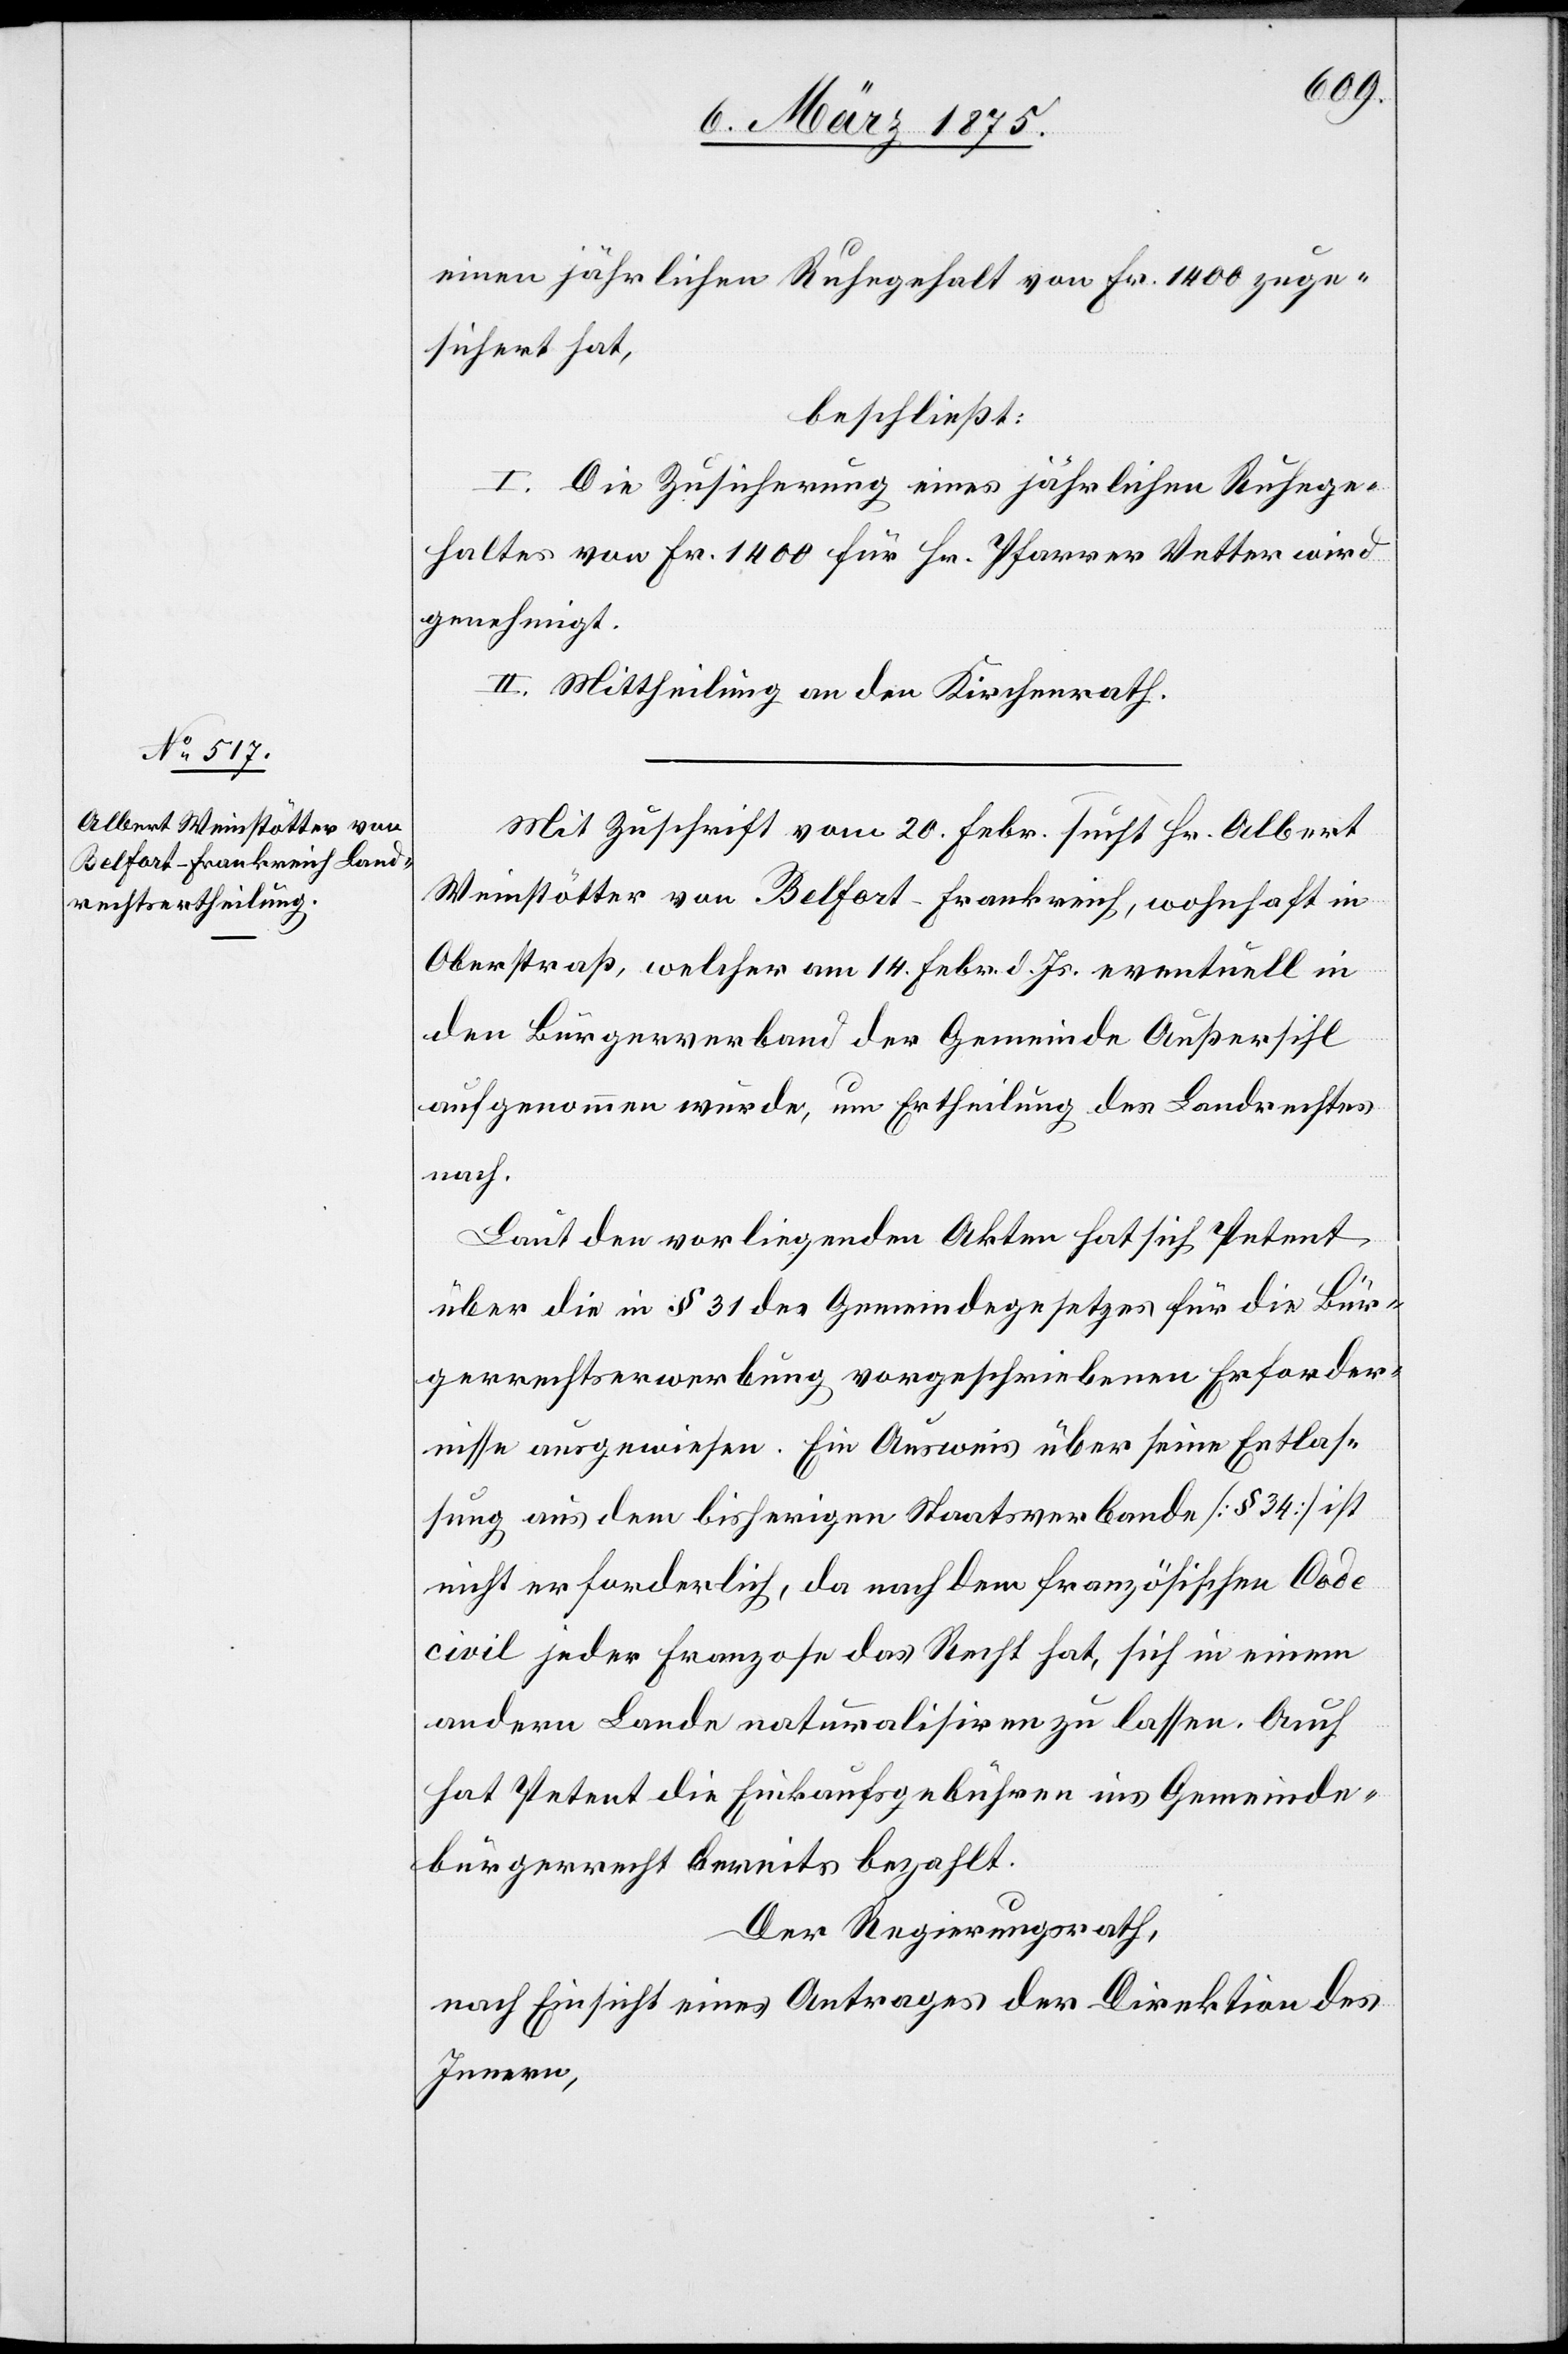
einen jährlichen Ruhegehalt von Fr. 1400 zuge¬
sichert hat,
beschließt:
I. Die Zusicherung eines jährlichen Ruhege¬
haltes von Fr. 1400 für Hr. Pfarrer Vetter wird
genehmigt.
II. Mittheilung an den Kirchenrath.
Mit Zuschrift vom 20. Febr. sucht Hr. Albert
Weinstätter von Belfort - Frankreich, wohnhaft in
Oberstraß, welcher am 14. Febr. d. Jr. eventuell in
den Bürgerverband der Gemeinde Außersihl
aufgenommen wurde, um Ertheilung des Landrechtes
nach.
Laut den vorliegenden Akten hat sich Petent
über die in § 31 des Gemeindegesetzes für die Bür¬
gerrechtserwerbung vorgeschriebenen Erforder¬
nisse ausgewiesen. Ein Ausweis über seine Entlas¬
sung aus dem bisherigen Staatsverbande [§ 34] ist
nicht erforderlich, da nach dem französischen Code
civil jeder Franzose das Recht hat, sich in einem
anderen Lande naturalisiren zu lassen. Auch
hat Petent die Einkaufsgebühren ins Gemeinde¬
bürgerrecht bereits bezahlt.
Der Regierungsrath,
nach Einsicht eines Antrages der Direktion des
Innern,